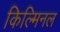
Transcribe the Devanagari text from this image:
किल्मिनल